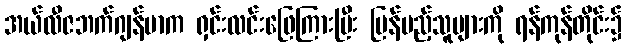
အယ်လီဇဘက်ဂျန်မာက ရှင်းလင်းဖြေကြားပြီး ပြန်မည့်သူများကို ရန်ကုန်တိုင်း၌